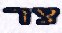
צר